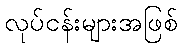
လုပ်ငန်းများအဖြစ်